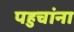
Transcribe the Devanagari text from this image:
पहुचांना